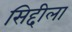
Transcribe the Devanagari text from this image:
सिद्दीला